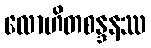
လောဟိတစန္ဒနဿ